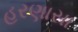
હરણાસા